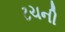
ટચની